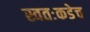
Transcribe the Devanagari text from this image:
स्वतःकडेच